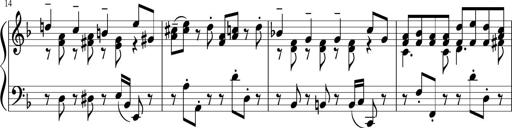
Title: Sonatina 1
Composer: Claudio Macchi
Key: F major